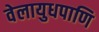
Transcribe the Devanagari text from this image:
वेलायुधपाणि